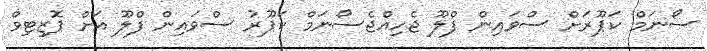
ސޯނަމް ކަޕޫރަށް ސްވައިން ފްލޫ ޖެހިއްޖެސޯނަމް ކަޕޫރު ސްވައިން ފްލޫ އަށް ޕޮޒިޓިވް